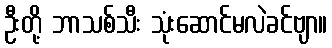
ဦးတို့ ဘာသစ်သီး သုံးဆောင်မလဲခင်ဗျာ။